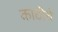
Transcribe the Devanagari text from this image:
काठीचे